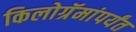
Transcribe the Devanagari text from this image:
किलोग्रॅमांपर्यंत